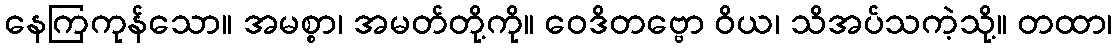
နေကြကုန်သော။ အမစ္စာ၊ အမတ်တို့ကို။ ဝေဒိတဗ္ဗော ဝိယ၊ သိအပ်သကဲ့သို့။ တထာ၊